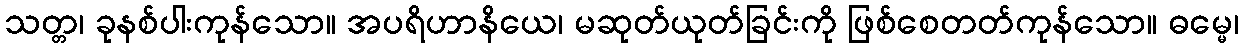
သတ္တ၊ ခုနစ်ပါးကုန်သော။ အပရိဟာနိယေ၊ မဆုတ်ယုတ်ခြင်းကို ဖြစ်စေတတ်ကုန်သော။ ဓမ္မေ၊